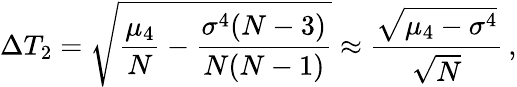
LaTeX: \Delta T_{2}=\sqrt{\frac{\mu_{4}}{N}-\frac{\sigma^{4}(N-3)}{N(N-1)}}\approx\frac{\sqrt{\mu_{4}-\sigma^{4}}}{\sqrt{N}}\, ,